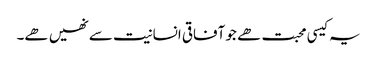
یہ کیسی محبت ھے جو آفاقی انسانیت سے نھیں ھے۔